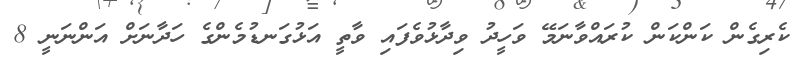
ކެރިގެން ކަންކަން ކުރައްވާނަމޭ ވަހީދު ވިދާޅުވެފައި ވާތީ އަޅުގަނޑުމެންގެ ހަދާނަށް އަންނަނީ 8